Indian journal of veterinary science and animal husbandry - Volumes 15-17, 1948-1951
Year: 1948
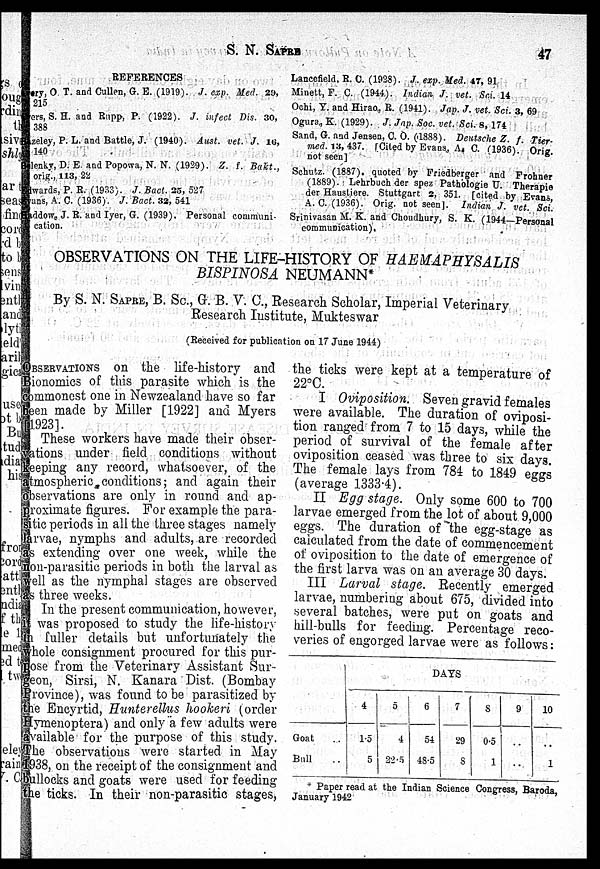
S. N.
SAPRE
47
REFERENCES
ery, O. T. and Cullen, G. E. (1919). J. exp. Med. 29,
215
ers, S. H. and Rupp, P. (1922). J. infect Dis. 30,
388
Bazeley, P. L, and Battle, J. (1940). Aust. vet. J. 16,
140
Belenky, D. E. and Popowa, N. N. (1929). Z. f. Bakt.,
orig., 113, 22
Edwards, P. R. (1933). J. Bact. 25, 527
Evans, A. C. (1936). J. Bact. 32, 541
Haddow, J. R. and Iyer, G. (1939). Personal communi-
cation.
Lancefield, R. C. (1928). J. exp. Med. 47, 91
Minett, F. C. (1944). Indian J. vet. Sci. 14
Ochi, Y. and Hirao., R. (1941). Jap. J. vet. Sci. 3, 69
Ogura, K. (1929). J. Jap. Soc. vet. Sci. 8, 174
Sand, G. and Jensen, C. O. (.1888). Deutsche Z. f. Tier
med. 13, 437. [Cited by Evans, A. C. (1936) Orig.
not seen]
Schutz. (1887). quoted by Friedberger and Frohner
(1889). Lehrbuch der spez Pathologie U. Therapie
der Haustiere. Stuttgart 2, 351. [cited by Evans
A. C. (1936). Orig. not seen]. Indian J. vet. Sci.
Srinivasan M. K. and Choudhury, S. K. (1944—Personal
communication).
OBSERVATIONS ON THE LIFE-HISTORY OF
HAEMAPHYSALIS
BISPINOSA
NEUMANN*
By S. N. SAPRE, B. Sc., G. B. V. C., Research Scholar, Imperial Veterinary
Research Institute, Mukteswar
(Received for publication on 17 June 1944)
OBSERVATION on the life-history and
Bionomics of this parasite which is the
commonest one in Newzealand have so far
been made by Miller [1922] and Myers
[1923].
These workers have made their obser-
vations under field conditions without
keeping any record, whatsoever, of the
atmospheric conditions; and again their
observations are only in round and ap-
proximate figures. For example the para-
sitic periods in all the three stages namely
larvae, nymphs and adults, are recorded
as extending over one week, while the
non-parasitic periods in both the larval as
well as the nymphal stages are observed
as three weeks.
In the present communication, however,
it was proposed to study the life-history
in fuller details but unfortunately the
whole consignment procured for this pur-
pose from the Veterinary Assistant Sur-
geon, Sirsi, N. Kanara Dist. (Bombay
Province), was found to be parasitized by
the Encyrtid, Hunterellus hookeri (order
Hymenoptera) and only a few adults were
available for the purpose of this study.
The observations were started in May
1938, on the receipt of the consignment and
bullocks and goats were used for feeding
the ticks. In their non-parasitic stages,
the ticks were kept at a temperature of
I Oviposition. Seven gravid females
were available. The duration of oviposi-
tion ranged from 7 to 15 days, while the
period of survival of the female after
oviposition ceased was three to six days
The female lays from 784 to 1849 eggs
(average 1333.4).
II Egg stage. Only some 600 to 700
larvae emerged from the lot of about 9,000
eggs. The duration of the egg-stage as
calculated from the date of commencement
of oviposition to the date of emergence of
the first larva was on an average 30 days.
III Larval stage. Recently emerged
larvae, numbering about 675, divided into
several batches, were put on goats and
hill-bulls for feeding. Percentage reco-
veries of engorged larvae were as follows:
Goat
Bull
DAYS
4
1.5
5
5
4
22.5
6
54
48.5
7
29
8
8
0.5
1
9
..
..
10
..
1
* Paper read at the Indian Science Congress, Baroda
January 1942